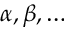
\alpha , \beta , \ldots